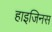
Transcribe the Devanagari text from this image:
हाइजिनस